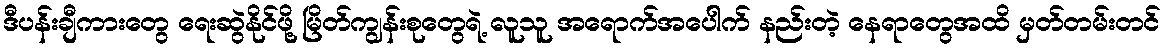
ဒီပန်းချီကားတွေ ရေးဆွဲနိုင်ဖို့ မြိတ်ကျွန်းစုတွေရဲ့ လူသူ အရောက်အပေါက် နည်းတဲ့ နေရာတွေအထိ မှတ်တမ်းတင်